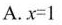
A. $$x = 1$$